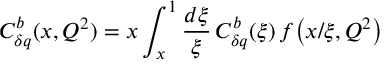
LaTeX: C _ { \delta q } ^ { b } ( x , Q ^ { 2 } ) = x \int _ { x } ^ { 1 } \frac { d \xi } { \xi } \, C _ { \delta q } ^ { b } ( \xi ) \, f \! \left( x / \xi , Q ^ { 2 } \right)